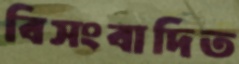
বিসংবাদিত